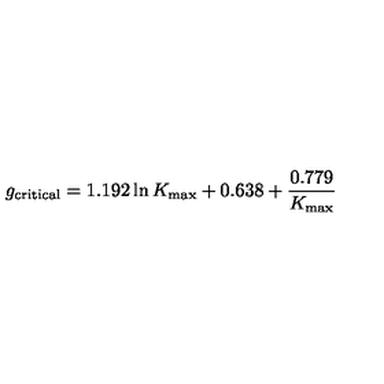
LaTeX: g _ { \mathrm { c r i t i c a l } } = 1 . 1 9 2 \ln K _ { \mathrm { m a x } } + 0 . 6 3 8 + \frac { 0 . 7 7 9 } { K _ { \mathrm { m a x } } }